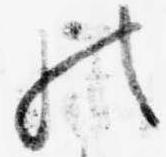
の